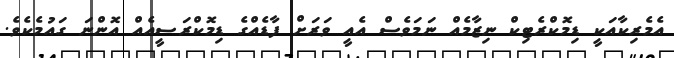
އެމެރިކާއަކީ ޑިމޮކްރެޓިކް ނިޒާމެއް ނަމަވެސް އެއީ ވަރަށް ފާޑެއްގެ ޑިމޮކްރަސީއެއް އޮންނަ ގައުމެކެވެ.